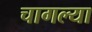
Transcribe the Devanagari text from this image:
चागल्या